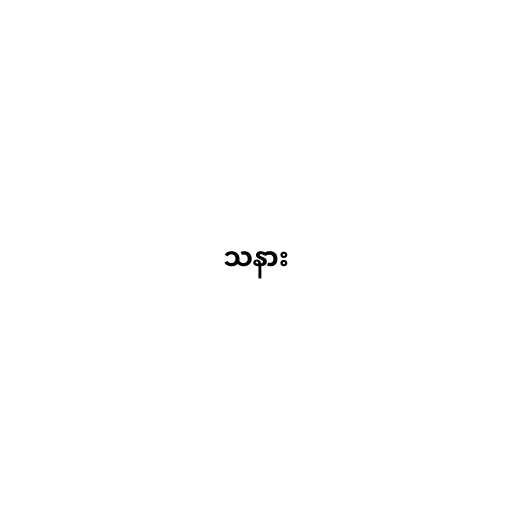
သနား